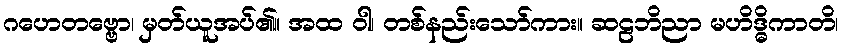
ဂဟေတဗ္ဗော၊ မှတ်ယူအပ်၏။ အထ ဝါ၊ တစ်နည်းသော်ကား။ ဆဠဘိညာ မဟိဒ္ဓိကာတိ၊